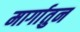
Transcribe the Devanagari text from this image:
मार्गातुन